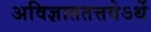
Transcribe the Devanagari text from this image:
अविज्ञाततत्तवेऽर्थे